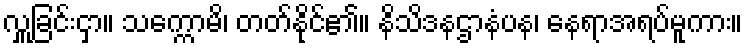
လှူခြင်းငှာ။ သက္ကောမိ၊ တတ်နိုင်၏။ နိသိဒနဌာနံပန၊ နေရာအရပ်မူကား။